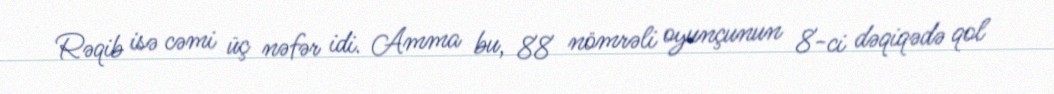
Rəqib isə cəmi üç nəfər idi. Amma bu, 88 nömrəli oyunçunun 8-ci dəqiqədə qol